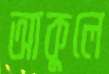
আকুলে